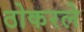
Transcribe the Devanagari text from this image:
ठोकरले